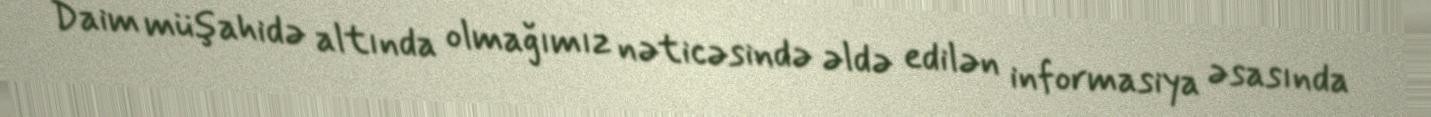
Daim müşahidə altında olmağımız nəticəsində əldə edilən informasiya əsasında